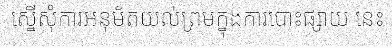
ស្នើសុំការអនុម័តយល់ព្រមក្នុងការបោះផ្សាយ នេះ